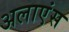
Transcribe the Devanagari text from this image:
अलाएंस